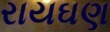
રાયઘણ